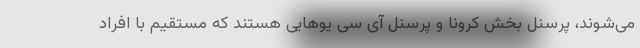
می‌شوند، پرسنل بخش کرونا و پرسنل آی سی یوهایی هستند که مستقیم با افراد